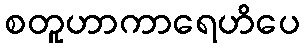
စတူဟာကာရေဟိပေ